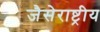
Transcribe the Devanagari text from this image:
जैसेराष्ट्रीय